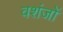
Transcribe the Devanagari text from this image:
वशंजों